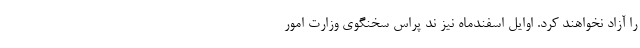
را آزاد نخواهند کرد. اوایل اسفندماه نیز ند پراس سخنگوی وزارت امور